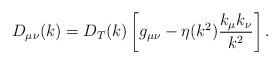
LaTeX: \begin{align*}D_{\mu\nu}(k) = D_T(k) \left[ g_{\mu\nu} - \eta(k^2) \frac{k_\mu k_\nu}{k^2}\right] .\end{align*}